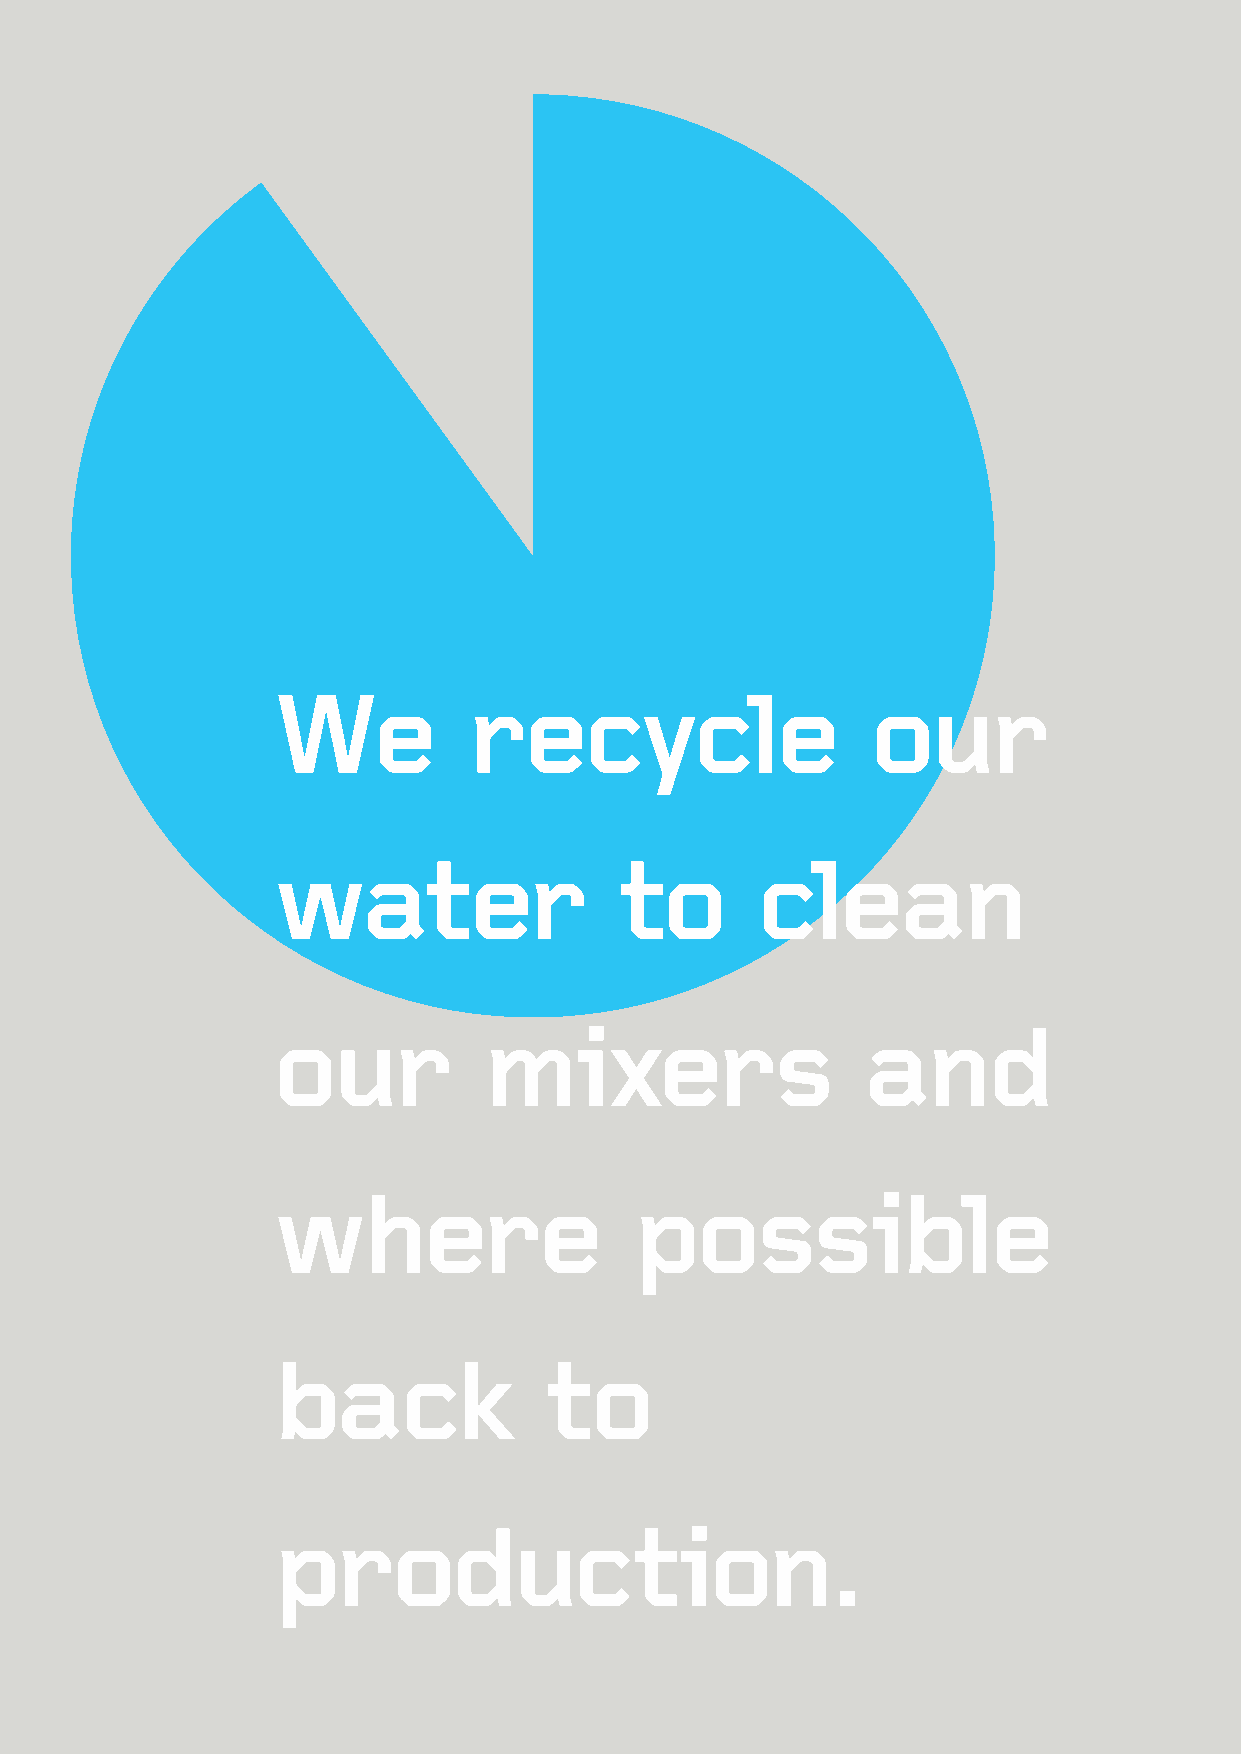
We           recycle                    our
 water                  to       clean
 our           mixers                   and
 where                   possible
 back              to
 production.
 38